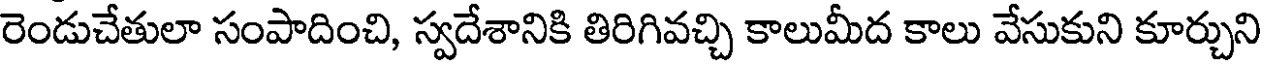
రెండుచేతులా సంపాదించి, స్వదేశానికి తిరిగివచ్చి కాలుమీద కాలు వేసుకుని కూర్చుని